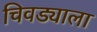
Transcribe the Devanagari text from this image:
चिवड्याला